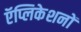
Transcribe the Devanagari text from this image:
ऍप्लिकेशनों